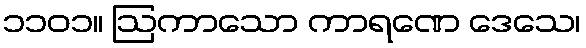
၁၁၀၁။ ဩကာသော ကာရဏေ ဒေသေ၊